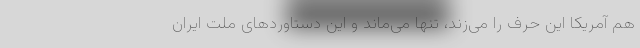
هم آمریکا این حرف را می‌زند، تنها می‌ماند و این دستاوردهای ملت ایران